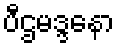
ပီဌမဒ္ဒနော